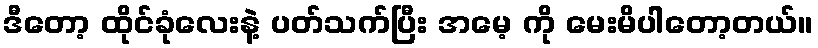
ဒီတော့ ထိုင်ခုံလေးနဲ့ ပတ်သက်ပြီး အမေ့ ကို မေးမိပါတော့တယ်။